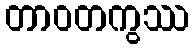
တာဝတကွဿ